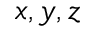
x , y , z